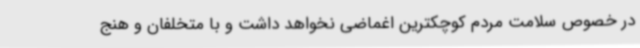
در خصوص سلامت مردم کوچکترین اغماضی نخواهد داشت و با متخلفان و هنج